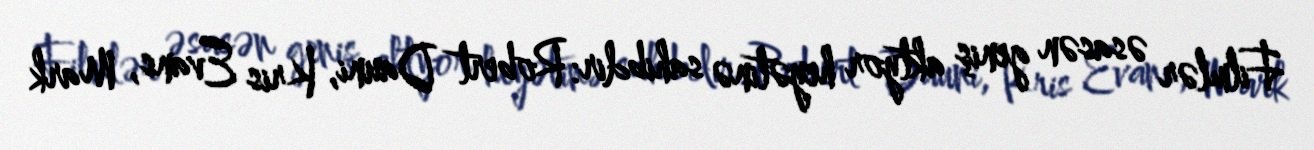
Filmlər əsasən geniş aktyor heyətinə sahibdir: Robert Dauni, Kris Evans, Mark